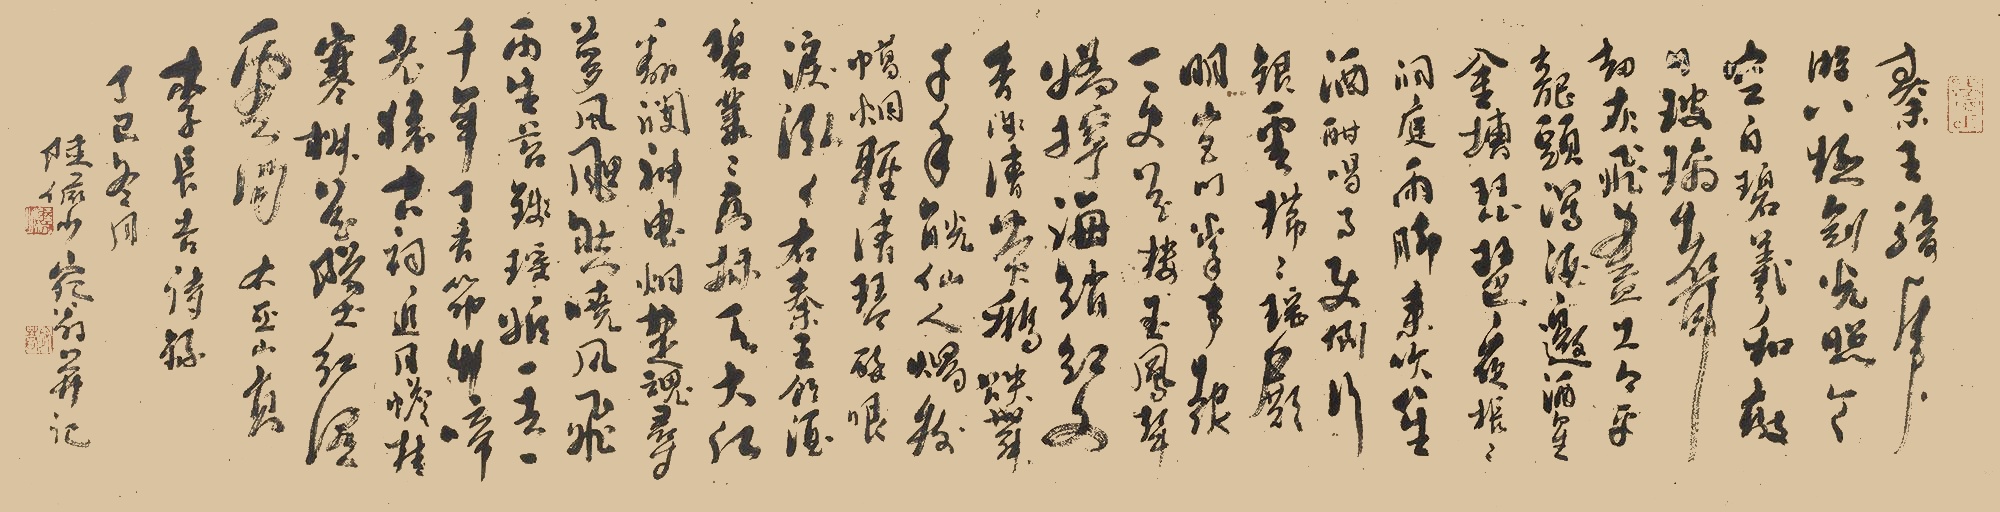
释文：秦王骑虎游八极，剑光照天空自碧。羲和敲日玻璃声，劫灰飞尽古今平。龙头泻酒邀酒星，金槽琵琶夜枨枨。洞庭雨脚来吹笙，酒酣喝月使倒行。银云栉栉瑶殿明，宫门掌事报一更。花楼玉凤声娇狞，海绡红文香浅清，黄鹅跌舞千年觥。仙人烛树蜡烟轻，清琴醉眼泪泓泓。右《秦王饮酒》。碧丛丛，高插天，大江翻澜神曳烟。楚魂寻梦风飔然，晓风飞雨生苔钱。瑶姬一去一千年，丁香筇竹啼老猿。古祠近月蟾桂寒，椒花坠红湿云间。右《巫山高》。李长吉诗意。丁巳（1977年）冬月，陆俨少宛翁并记。